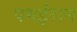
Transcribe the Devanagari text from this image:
पमईरान